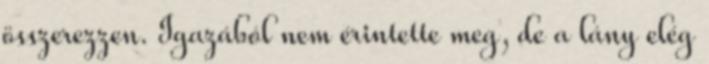
összerezzen. Igazából nem érintette meg, de a lány elég